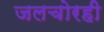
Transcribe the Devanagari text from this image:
जलचोरही